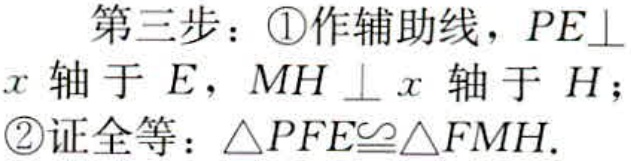
第三步：\textcircled{1}作辅助线，\(PE\perp x\)轴于\(E\)，\(MH\perp x\)轴于\(H\)；
\textcircled{2}证全等：\(\triangle PFE\cong\triangle FMH\).